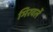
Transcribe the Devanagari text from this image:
मिरवलें